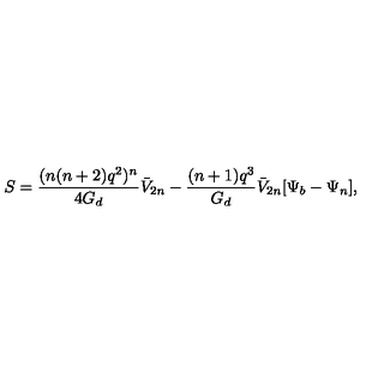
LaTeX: S = \frac { ( n ( n + 2 ) q ^ { 2 } ) ^ { n } } { 4 G _ { d } } \bar { V } _ { 2 n } - \frac { ( n + 1 ) q ^ { 3 } } { G _ { d } } \bar { V } _ { 2 n } [ \Psi _ { b } - \Psi _ { n } ] ,